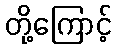
တို့ကြောင့်